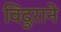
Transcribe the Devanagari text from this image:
विदुराने